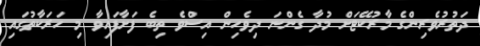
ދަތުރުވެރިންގެ މާރުކޭޓަށް މުދާ ގެންނަ ދިވެހިން އިސްވެ ތިބެ ފަށާފައިވާ މި ހަރަކާތުގައި